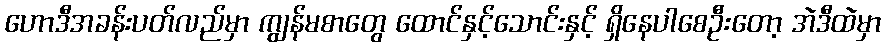
ဟောဒီအခန်းပတ်လည်မှာ ကျွန်မစာတွေ ထောင်နှင့်သောင်းနှင့် ရှိနေပါစေဦးတော့ အဲဒီထဲမှာ